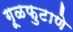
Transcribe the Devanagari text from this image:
गूळफुटाणे